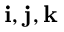
\mathbf { i } , \mathbf { j } , \mathbf { k }